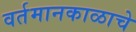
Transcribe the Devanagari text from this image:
वर्तमानकाळाचे